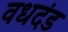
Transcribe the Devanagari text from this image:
वधदंड